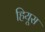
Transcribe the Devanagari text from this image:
हियूस